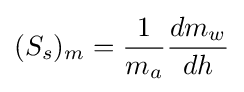
(S_{s})_{m}={\frac {1}{m_{a}}}{\frac {dm_{w}}{dh}}